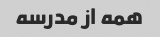
همه از مدرسه